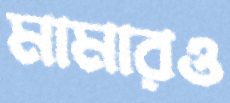
মামারও